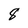
Character: 8